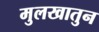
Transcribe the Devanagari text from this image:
मुलखातुन